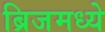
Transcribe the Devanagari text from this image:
ब्रिजमध्ये